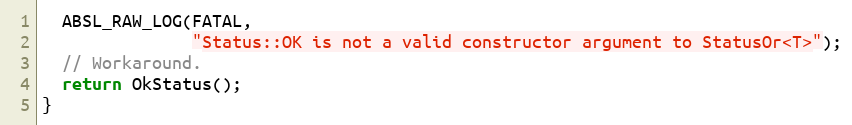
Language: C++
  ABSL_RAW_LOG(FATAL,
               "Status::OK is not a valid constructor argument to StatusOr<T>");
  // Workaround.
  return OkStatus();
}